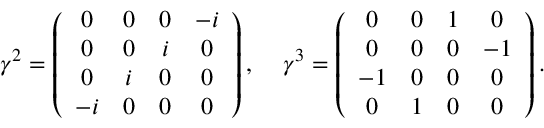
\gamma ^ { 2 } = \left( { \begin{array} { c c c c } { 0 } & { 0 } & { 0 } & { - i } \\ { 0 } & { 0 } & { i } & { 0 } \\ { 0 } & { i } & { 0 } & { 0 } \\ { - i } & { 0 } & { 0 } & { 0 } \end{array} } \right) , \; \; \; \; \gamma ^ { 3 } = \left( { \begin{array} { c c c c } { 0 } & { 0 } & { 1 } & { 0 } \\ { 0 } & { 0 } & { 0 } & { - 1 } \\ { - 1 } & { 0 } & { 0 } & { 0 } \\ { 0 } & { 1 } & { 0 } & { 0 } \end{array} } \right) .